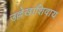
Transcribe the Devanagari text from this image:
उल्लेखाशिवाय